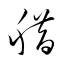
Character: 腊